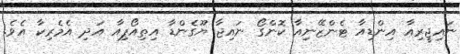
ނައިޖީރިއާ އިންޑިއާ ޓެންޒޭނިއާ ކޮންގޯ ނައިޖާ ޔޫގެންޑާ އިތިއޯޕިއާ އަދި އެމެރިކާ އެވެ.